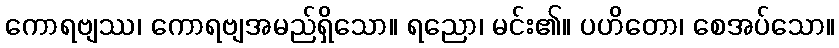
ကောရဗျဿ၊ ကောရဗျအမည်ရှိသော။ ရညော၊ မင်း၏။ ပဟိတော၊ စေအပ်သော။